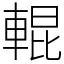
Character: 輥